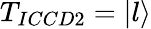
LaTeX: T_{ICCD2}=\left|l\right\rangle